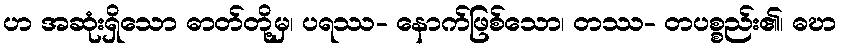
ဟ အဆုံးရှိသော ဓာတ်တို့မှ၊ ပရဿ- နောက်ဖြစ်သော၊ တဿ- တပစ္စည်း၏၊ ဓဎာ